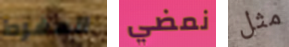
المفرط نمضي مثل